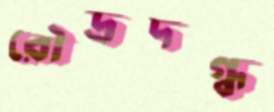
রৌদ্রদগ্ধ